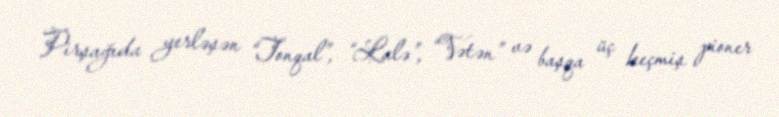
Pirşağıda yerləşən “Tonqal”, “Lalə”, “Vətən” və başqa üç keçmiş pioner